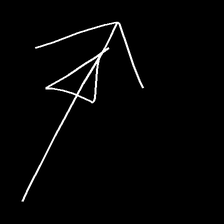
Glyph: pull